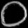
Digit: ၀